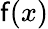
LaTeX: \mathsf{f}(x)